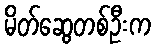
မိတ်ဆွေတစ်ဦးက